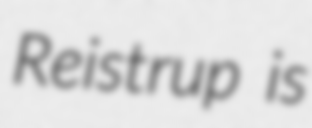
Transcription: Reistrup is